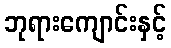
ဘုရားကျောင်းနှင့်